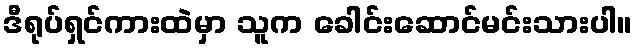
ဒီရုပ်ရှင်ကားထဲမှာ သူက ခေါင်းဆောင်မင်းသားပါ။